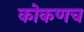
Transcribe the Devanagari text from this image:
कोकणच